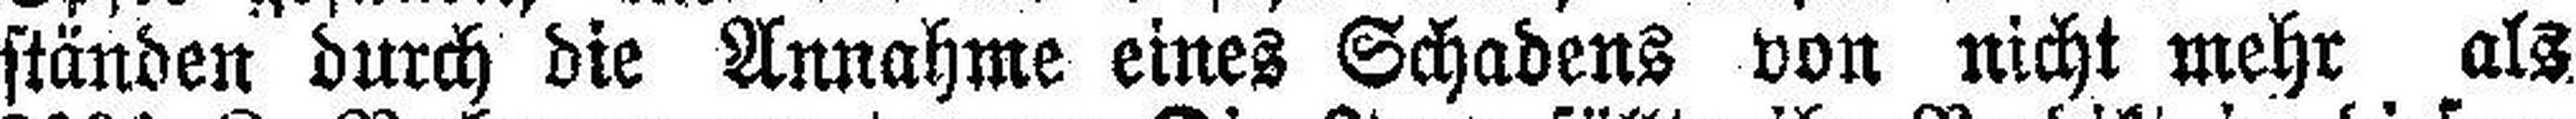
ständen durch die Annahme eines Schadens von nicht mehr alz